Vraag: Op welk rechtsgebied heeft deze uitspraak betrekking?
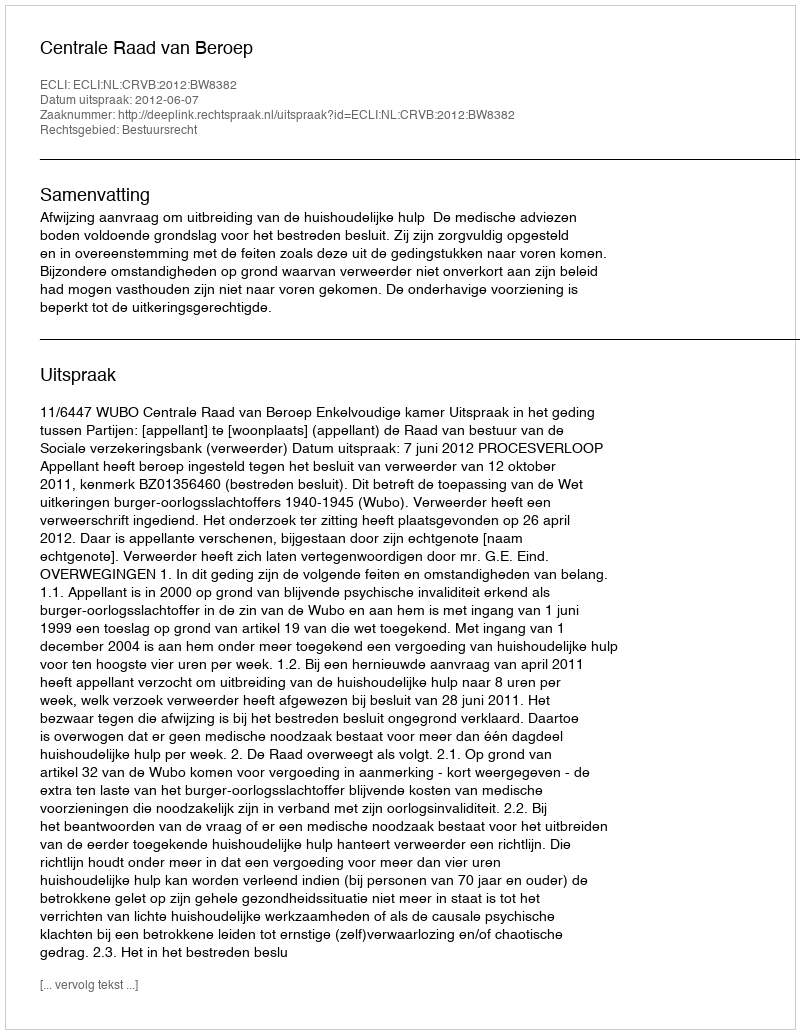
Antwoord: Bestuursrecht